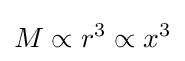
M\propto r^{3}\propto x^{3}